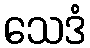
သေဒံ